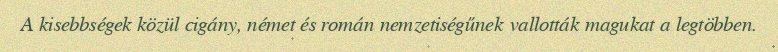
A kisebbségek közül cigány, német és román nemzetiségűnek vallották magukat a legtöbben.